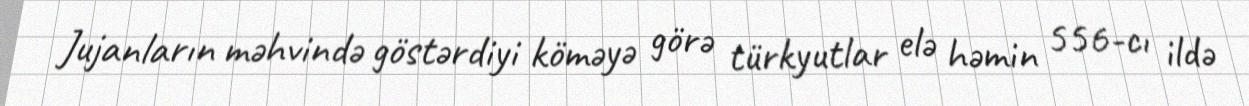
Jujanların məhvində göstərdiyi köməyə görə türkyutlar elə həmin 556-cı ildə